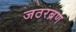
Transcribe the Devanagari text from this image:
जठरब्रण